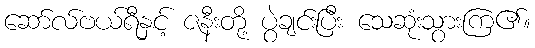
ဆော်လ်ဗယ်ရီနှင့် ဇနီးတို့ ပွဲချင်းပြီး သေဆုံးသွားကြ၏။